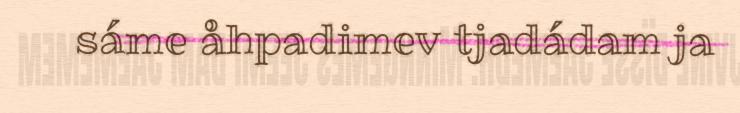
sáme åhpadimev tjadádam ja